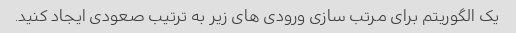
یک الگوریتم برای مرتب سازی ورودی های زیر به ترتیب صعودی ایجاد کنید.